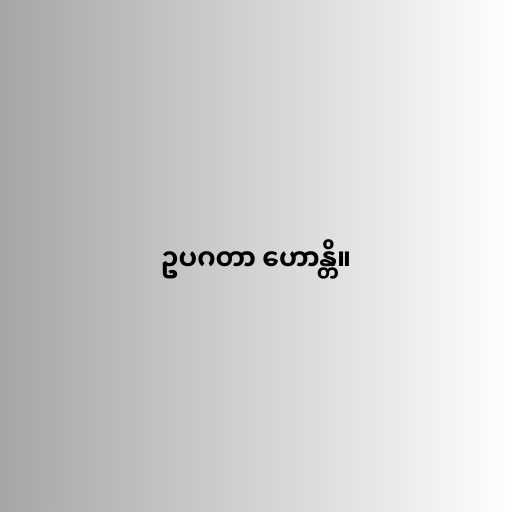
ဥပဂတာ ဟောန္တိ။